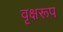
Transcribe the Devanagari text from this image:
वृक्षरूप